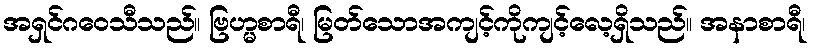
အရှင်ဂဝေသီသည်။ ဗြဟ္မစာရီ၊ မြတ်သောအကျင့်ကိုကျင့်လေ့ရှိသည်။ အနာစာရီ၊